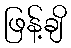
ဖြန့်ချိ